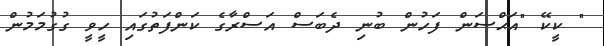
" ކީކޭ "އަޙްސަން ފަހުން ބުނި ދެބަސް އަސްރާގެ ކަންފަތުގައި ހީވީ ގުގުމަމުން